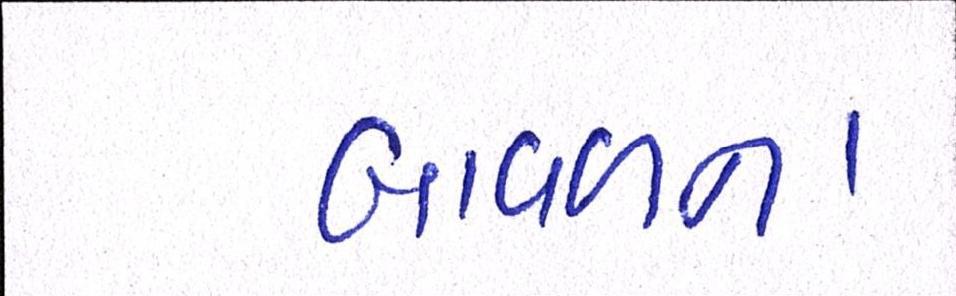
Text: બાવળના